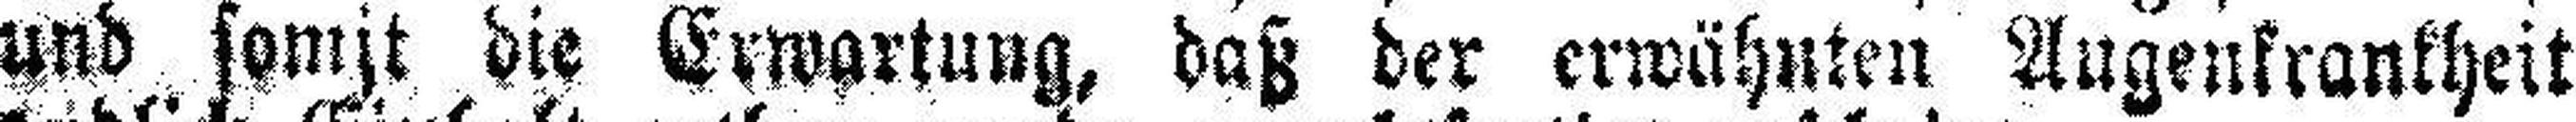
und somit die Erwartung, daß der erwähnten Augenkrankheit